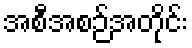
အစီအစဉ်အတိုင်း